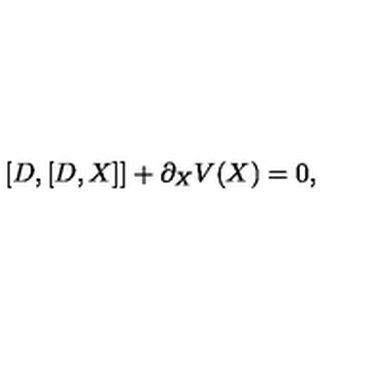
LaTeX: [ D , [ D , X ] ] + \partial _ { X } V ( X ) = 0 ,